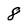
Character: 8